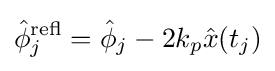
{\hat {\phi }}_{j}^{\mathrm {refl} }={\hat {\phi }}_{j}-2k_{p}{\hat {x}}(t_{j})